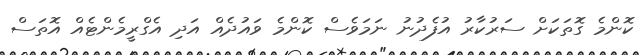
ކޮންމެ ގޮތަކަށް ސަރުކާރު އުފެދުނު ނަމަވެސް ކޮންމެ ވައުދެއް އަދި އެގްރީމެންޓެއް އޮތަސް